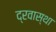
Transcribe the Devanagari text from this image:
द्रवास्था